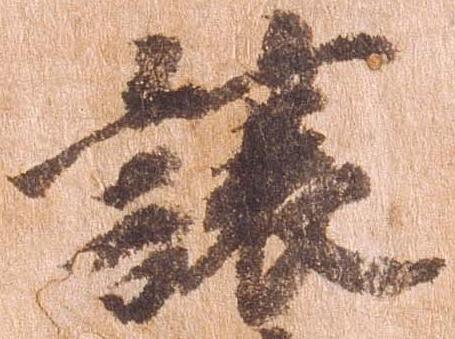
譲